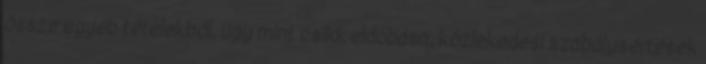
össze egyéb tételekből, úgy mint csikk eldobása, közlekedési szabálysértések